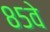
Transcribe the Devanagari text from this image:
८५वे